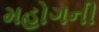
મહોગની